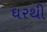
ઘરથી